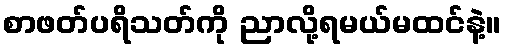
စာဖတ်ပရိသတ်ကို ညာလို့ရမယ်မထင်နဲ့။